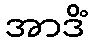
အာဒိံ